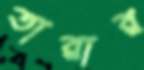
তারার